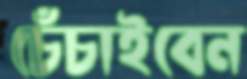
চেঁচাইবেন